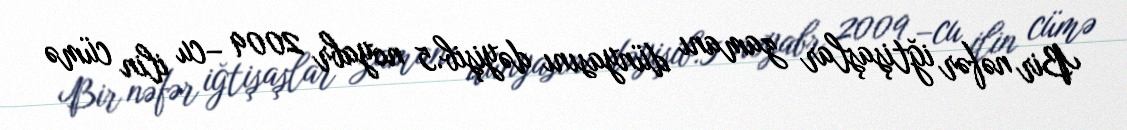
Bir nəfər iğtişaşlar zamanı dünyasını dəyişib.5 noyabr 2009 –cu ilin cümə